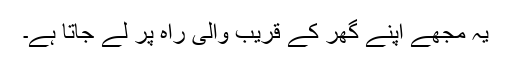
یہ مجھے اپنے گھر کے قریب والی راہ پر لے جاتا ہے۔